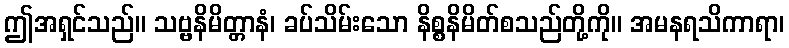
ဤအရှင်သည်။ သဗ္ဗနိမိတ္တာနံ၊ ခပ်သိမ်းသော နိစ္စနိမိတ်စသည်တို့ကို။ အမနရသိကာရာ၊